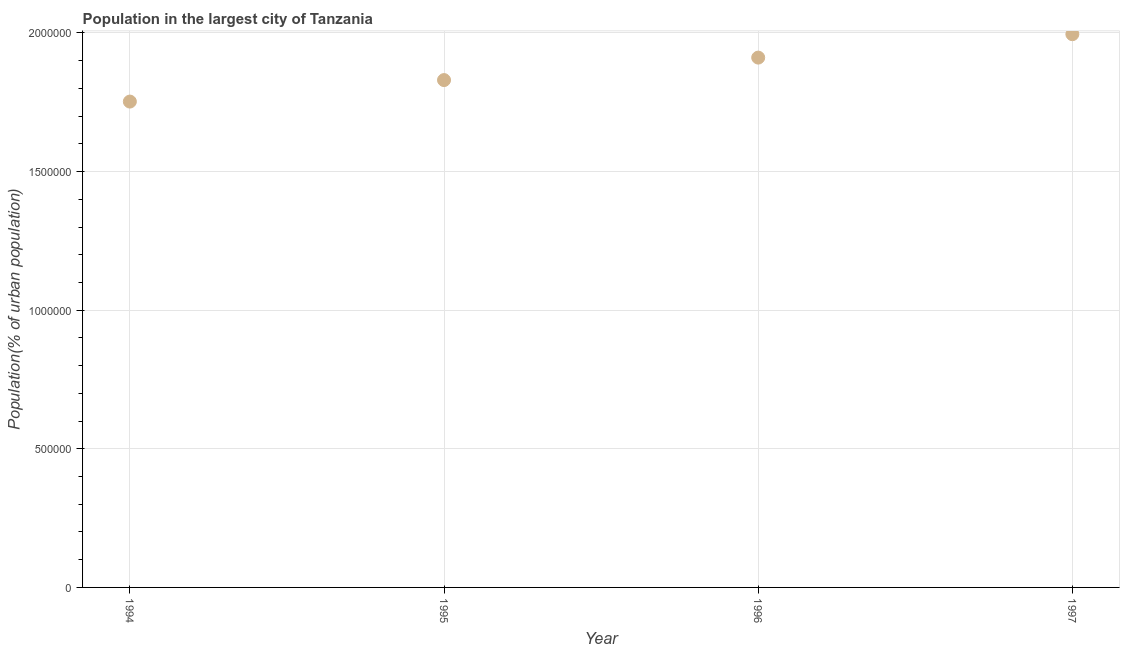
| Year | Population in largest city |
 | --- | --- |
 | 1994 | 1.75e+06 |
 | 1995 | 1.83e+06 |
 | 1996 | 1.91e+06 |
 | 1997 | 2e+06 |